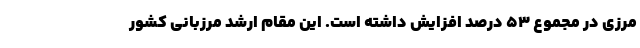
مرزی در مجموع ۵۳ درصد افزایش داشته است. این مقام ارشد مرزبانی کشور